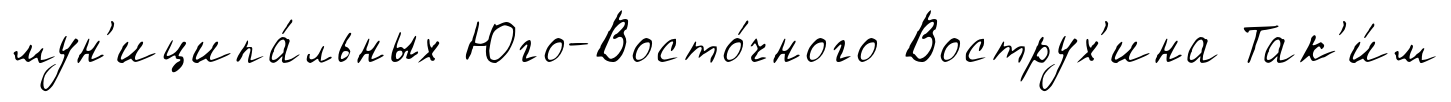
мун'иципа́льных Юго-Восто́чного Вострух'ина Так'и́м